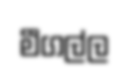
මීගල්ල